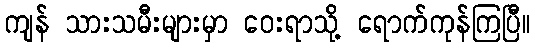
ကျန် သားသမီးများမှာ ဝေးရာသို့ ရောက်ကုန်ကြပြီ။